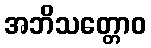
အဘိသတ္တောဝ